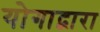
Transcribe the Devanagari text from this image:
योगाद्वारा